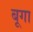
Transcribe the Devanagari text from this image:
बूगा